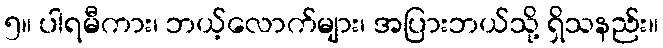
၅။ ပါရမီကား၊ ဘယ့်လောက်များ၊ အပြားဘယ်သို့ ရှိသနည်း။